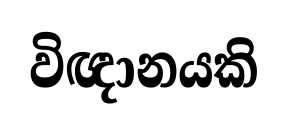
විඥානයකි